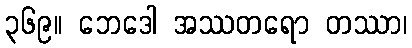
၃၆၉။ ဘေဒေါ အဿတရော တဿာ၊